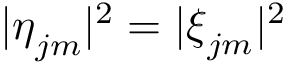
| \boldsymbol { \eta } _ { j m } | ^ { 2 } = | \boldsymbol { \xi } _ { j m } | ^ { 2 }